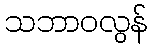
သဘာဝလွန်